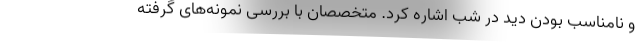
و نامناسب بودن دید در شب اشاره کرد. متخصصان با بررسی نمونه‌های گرفته